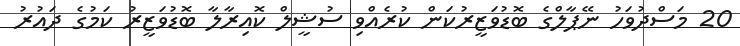
20 މަސްދުވަހު ނޭޕާލްގެ ބޮޑުވަޒީރުކަން ކުރެއްވި ސުޝީލް ކޮއިރާލާ ބޮޑުވަޒީރު ކަމުގެ ދައުރު